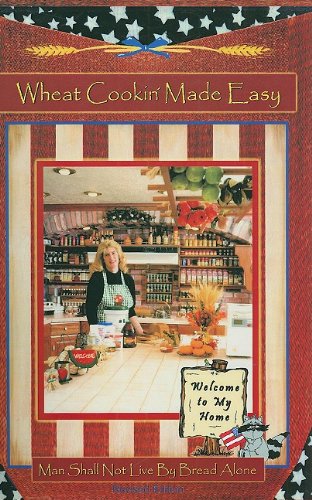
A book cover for Wheat Cookin' Made Easy (Crockett's Corner, Vol. 1); Pam Crockett; Cookbooks, Food & Wine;